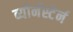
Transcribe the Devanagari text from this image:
ब्योर्नस्टेर्न